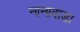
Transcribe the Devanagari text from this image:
नानावाडा